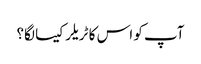
آپ کو اس کا ٹریلر کیسا لگا؟